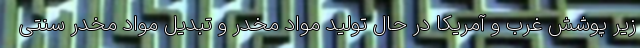
زیر پوشش غرب و آمریکا در حال تولید مواد مخدر و تبدیل مواد مخدر سنتی